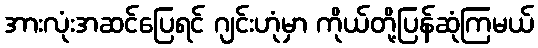
အားလုံးအဆင်ပြေရင် ဂျင်းဟုံမှာ ကိုယ်တို့ပြန်ဆုံကြမယ်